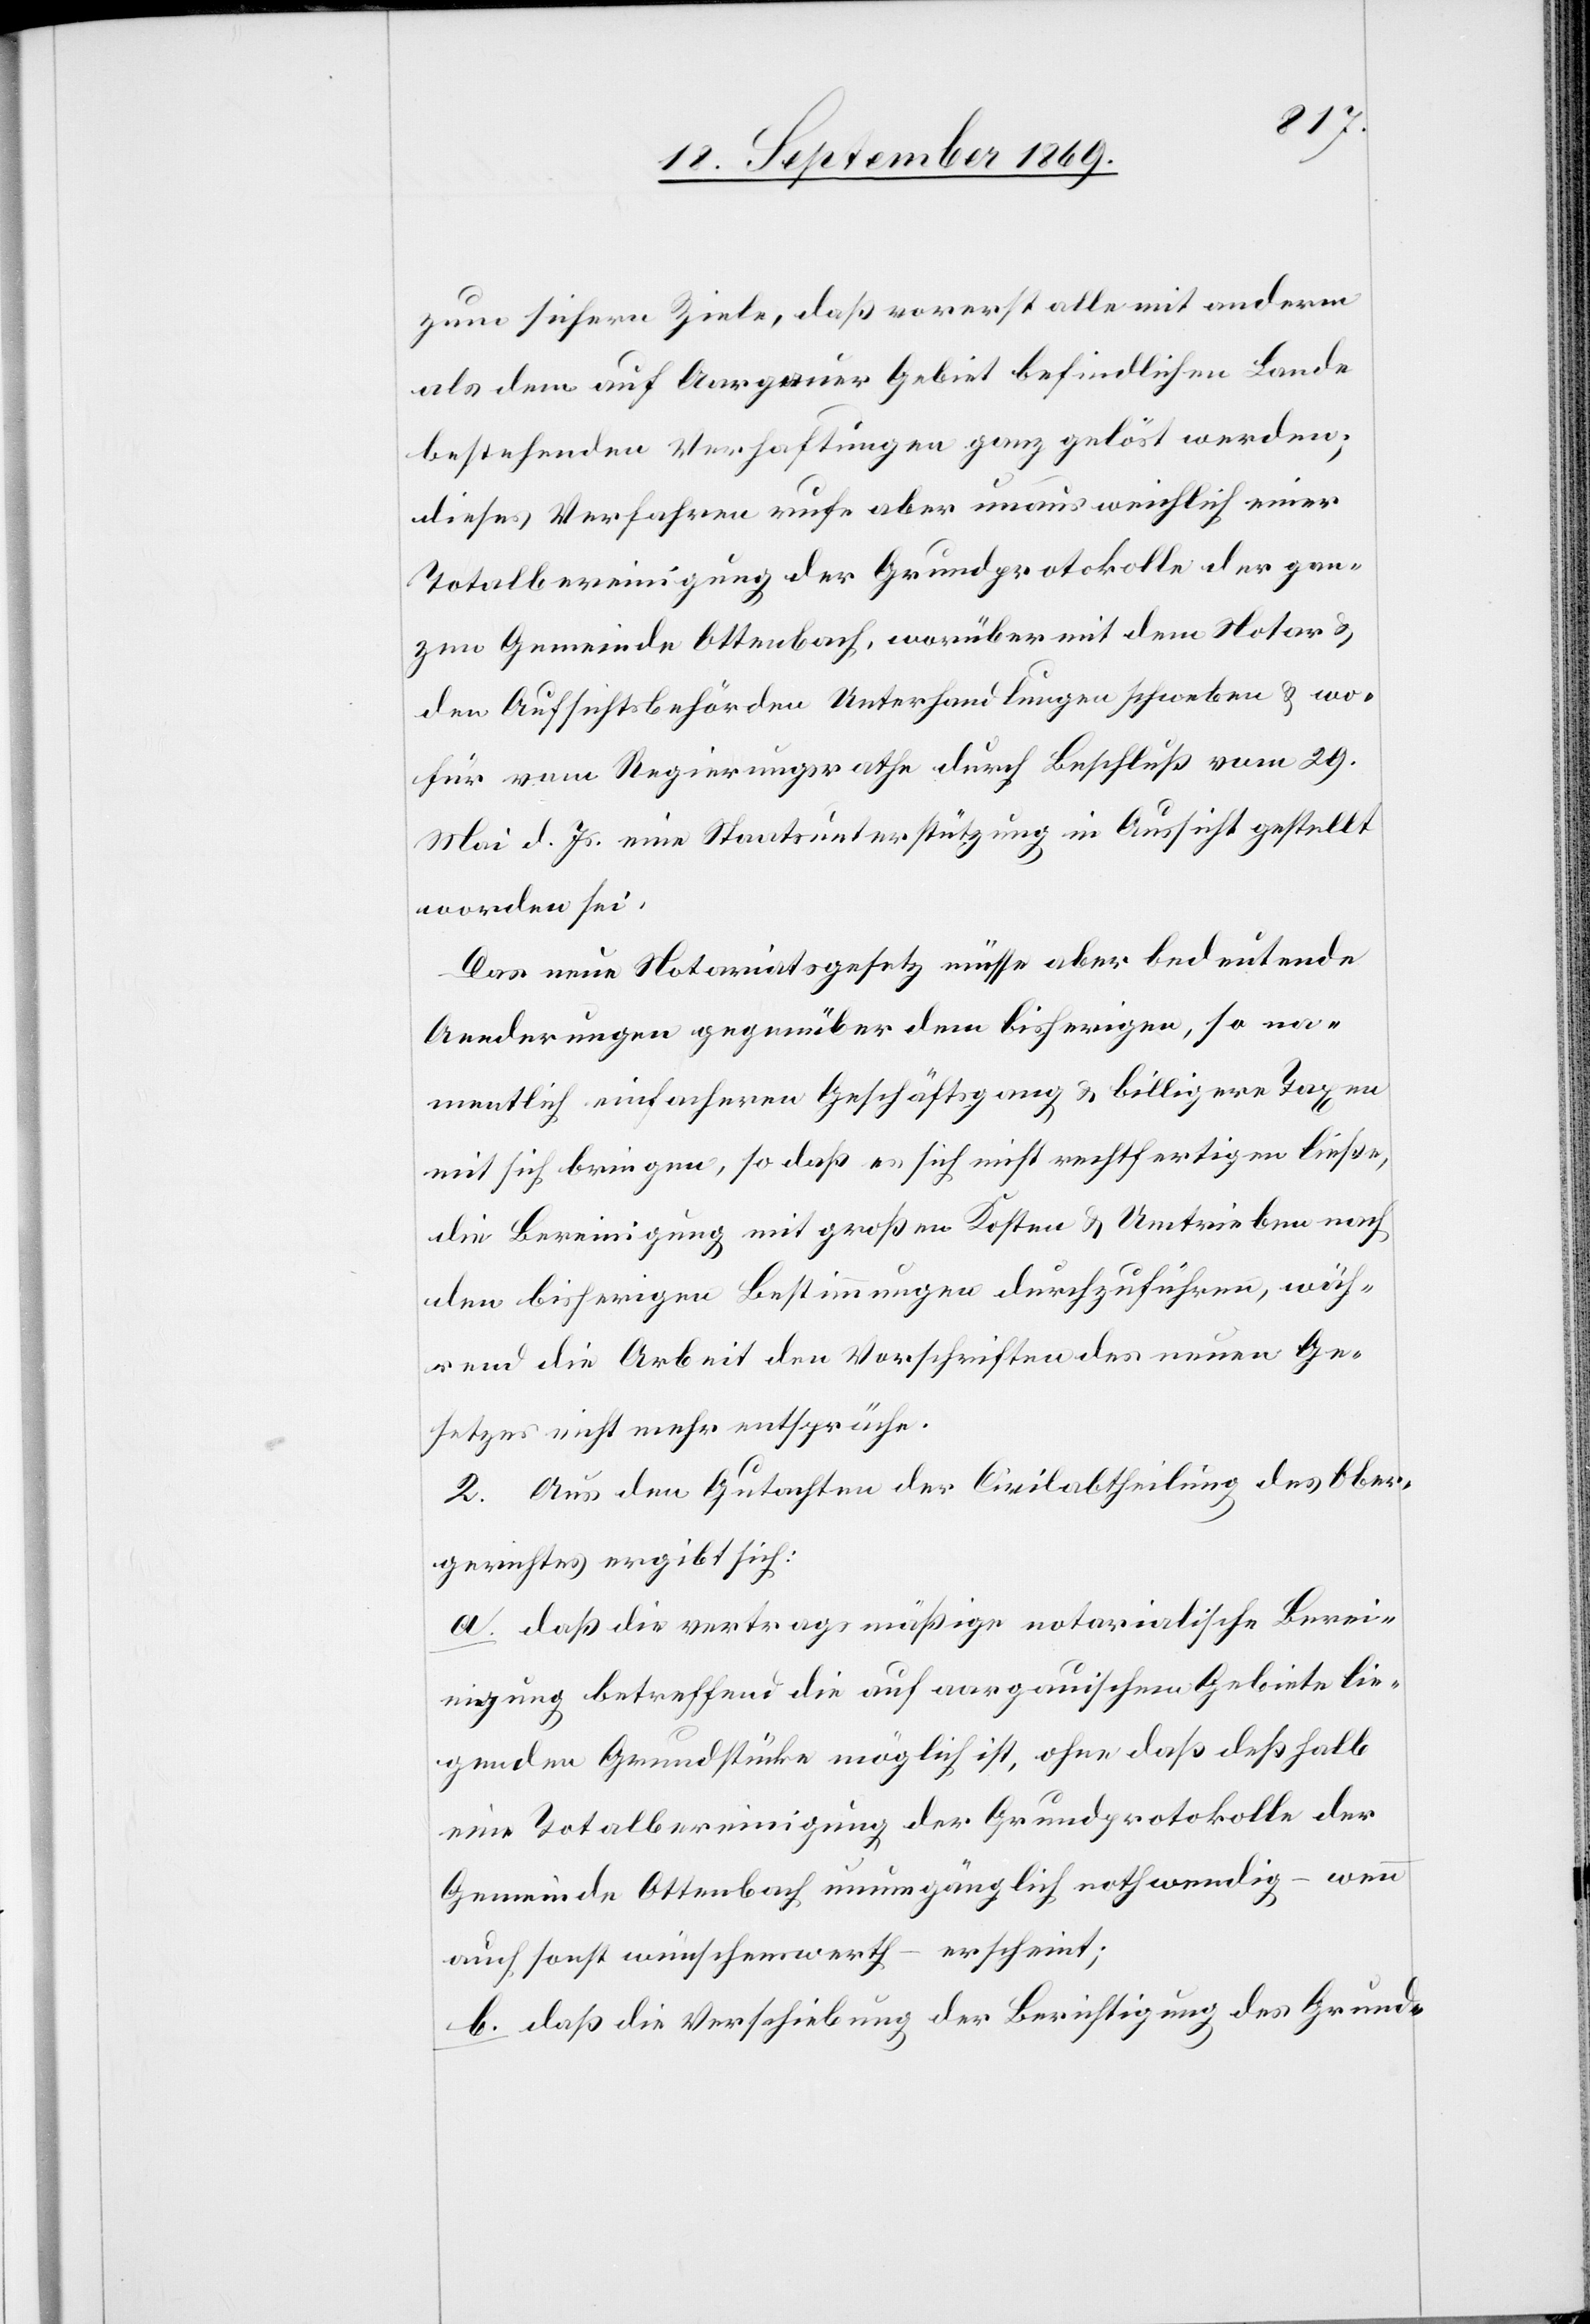
zum sichern Ziele, daß vorerst alle mit anderm
als dem auf Aargauer Gebiet befindlichen Lande
bestehenden Verhaftungen ganz gelöst werden;
dieses Verfahren rufe aber unausweichlich einer
Totalbereinigung der Grundprotokolle der gan¬
zen Gemeinde Ottenbach, worüber mit dem Notar &
den Aufsichtsbehörden Unterhandlungen schweben & wo¬
für vom Regierungsrathe durch Beschluß vom 29.
Mai d. Js. eine Staatsunterstützung in Aussicht gestellt
worden sei.
Das neue Notariatsgesetz müsse aber bedeutende
Aenderungen gegenüber dem bisherigen, so na¬
mentlich einfacheren Geschäftsgang & billigere Taxen
mit sich bringen, so daß es sich nicht rechtfertigen ließe,
die Bereinigung mit großen Kosten & Umtrieben nach
den bisherigen Bestimmungen durchzuführen, wäh¬
rend die Arbeit den Vorschriften des neuen Ge¬
setzes nicht mehr entspräche.
2. Aus den Gutachten der Civilabtheilung des Ober¬
gerichtes ergibt sich:
a. daß die vertragsmäßige notarialische Berei¬
nigung betreffend die auf aargauischem Gebiete lie¬
genden Grundstücke möglich ist, ohne daß deßhalb
eine Totalbereinigung der Grundprotokolle der
Gemeinde Ottenbach unumgänglich nothwendig – wenn
auch sonst wünschenswerth – erscheint;
b. daß die Verschiebung der Berichtigung des Grund-